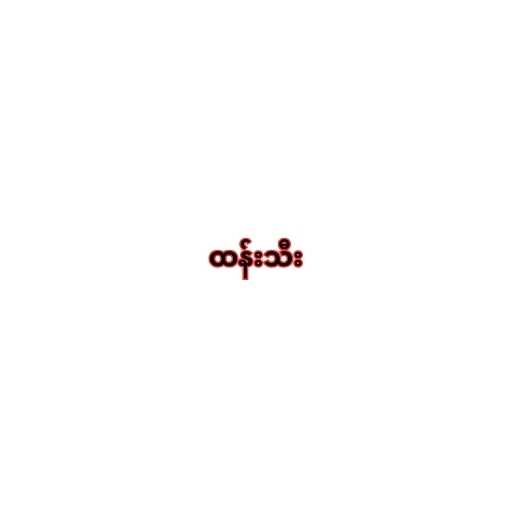
ထန်းသီး